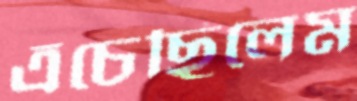
এঁচেছিলেম